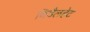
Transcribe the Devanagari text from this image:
विडैलहेट